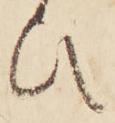
ひ